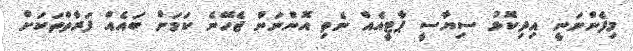
މިފެންނަނީ އިދިކޮޅު ސިޔާސީ ޕާޓީއެއް ނެތި އޮންނަން ޖެހޭނެ ކަމަށް ބައެއް ފަރާތްތަކަށް